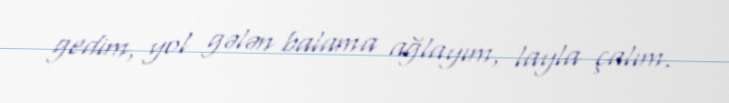
gedim, yol gələn balama ağlayım, layla çalım.